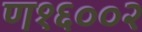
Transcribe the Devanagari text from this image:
ण१६००२